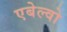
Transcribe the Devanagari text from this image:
एबेल्वो